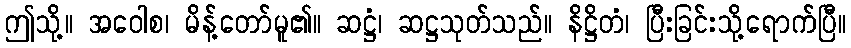
ဤသို့။ အဝေါစ၊ မိန့်တော်မူ၏။ ဆဋ္ဌံ၊ ဆဋ္ဌသုတ်သည်။ နိဋ္ဌိတံ၊ ပြီးခြင်းသို့ရောက်ပြီ။